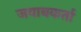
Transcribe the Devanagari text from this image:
जवाबकर्ता